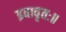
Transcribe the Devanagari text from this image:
इवावृतः॥